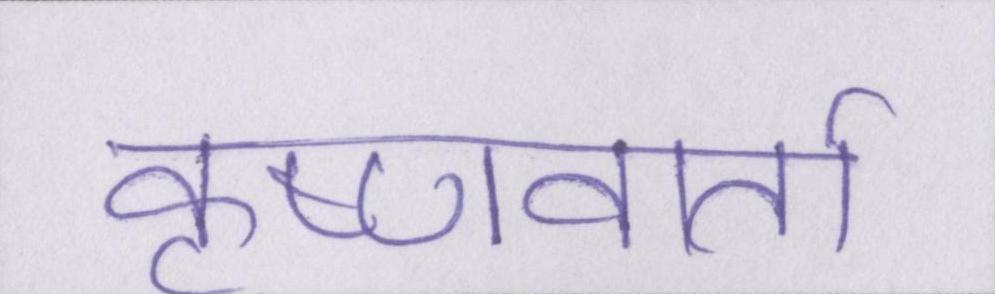
कृष्णवार्ता